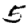
Digit: 5